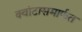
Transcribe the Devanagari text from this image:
क्वांटासमार्फत